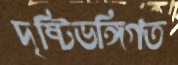
দৃষ্টিভঙ্গিগত